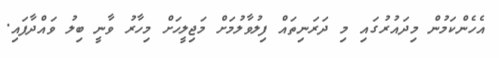
އެހެންކަމުން މިދައުރުގައި މި ދަރަނިތައް ފިލުވާލުމަށް މަޖިލީހަށް މިހާރު ވާނީ ބިލު ވައްދާފައި.